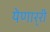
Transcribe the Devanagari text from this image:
येणार्‍री